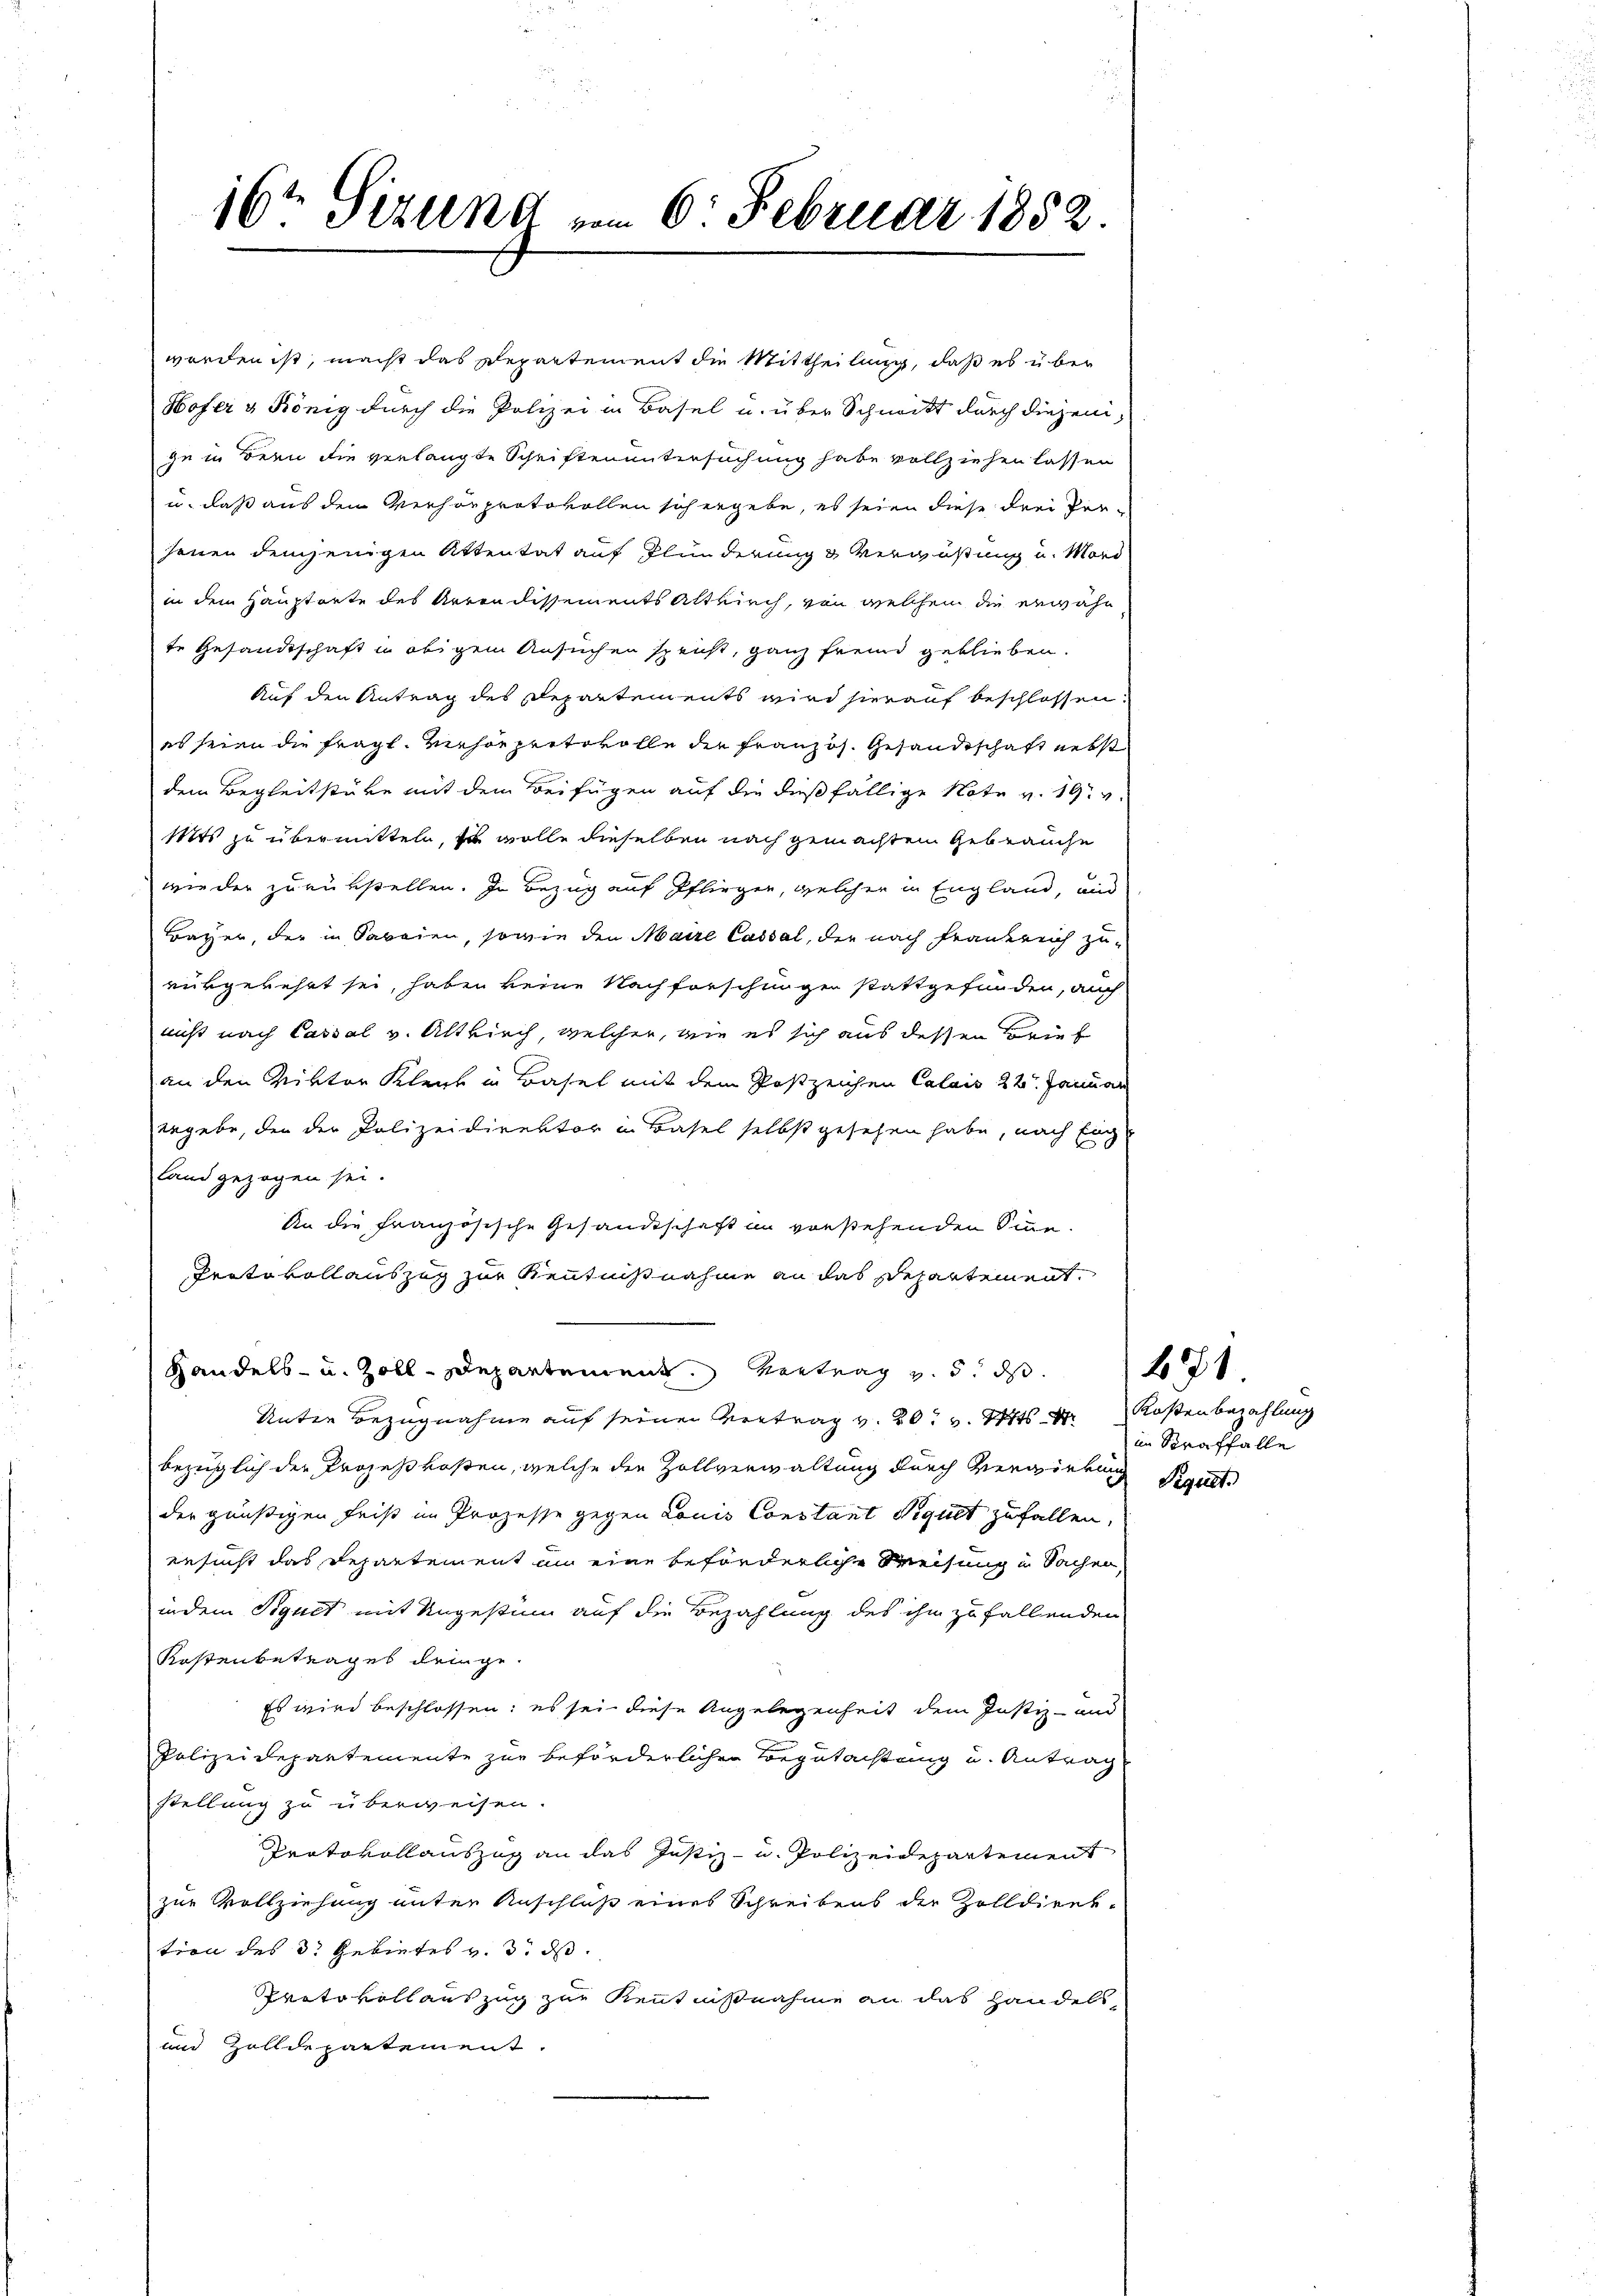
worden ist, macht das Departement die Mittheilung, daß es über
Hofer & König durch die Polizei in Basel u. über Schnitt durch diejenige in Bern die verlangte Schriften untersuchung habe vollziehen lassen
u. daß aus den Verhörprotokollen sich ergebe, es seien diese drei Projenen demjenigen Attentat auf Plunderung & Verwüstung u. Mord
in dem Hauptorte des Arren dissements Altkirch, von welchem die erwähn
te Gesandtschaft in obigem Ansuchen spenst, ganz fremd geblieben.
Auf den Antrag des Departements wird hierauf beschlossen.
es seien die fragl. Vieher protokolle der Französ. Gesandtschaft nebst
dem Begleitstüre mit dem Beifügen auf die dießfällige Note v. 19. v.
1ts zu übermitteln, so wolle dieselben nach gemachten Gebrauche
wie der zurükstellen. In Bezug auf Pflinger, welcher in England, und
Bager, der in Sabeien, sowie den Maire Cassal, der nach Frankreich zurükgekehrt sei, haben keine Nachforschungen stattgefunden, auch
nicht nach Cassal v. Altkirch, welcher, wie es sich aus dessen Brief
an den Viktor Klein in Basel mit dem Postzeichen Calais 22. Januar
ergebe, der der Polizeidirektor in Basel selbst gesehen habe, nach Eig
land gezogen sei.
An die Französische Gesandtschaft in vorstehenden Sinne¬
Protokollauszug zur Kenntnißnahme an das Departement.
Handels- u. Zoll-Departement. Vertrag v. 5. ds 1
Unter Bezugnahme auf seinen Vertrag v. 20. v. Mts. Kostenbezahlung
bezüglich der Prozeßkosten, welche der Zollverwaltung durch Vergiebung Sigult
der günstigen Frist im Prozesse gegen Louis Constant Signet zufallen,
ersucht das Departement an eine beförderliche Weisung u Sachen
indem Signet mit Ungestimm auf die Bezahlung des ihm zufallenden
Kostenbetrages dringe.
Es wird beschlossen; es sei diese Angelegenheit dem Justiz- und
Polizeidepartemente zur beförderlichen Begutachtung u. Antrag
stellung zu überweisen.
Protokollauszug an das Justiz- u. Polizeidepartement
zur Vollziehung unter Anschluß eines Schreibens der Zolldirek-
tion des 3. Gebietes v. 3. ds.
Protokollauszug zur Kenntnißnahme an das Handels,
und Zolldepartement.

16ten Sizung vom 6. Februar 1852.

in Straffalle